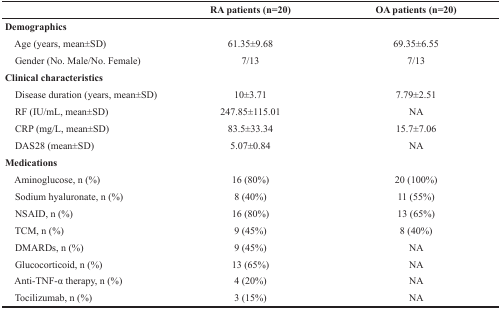
|  | RA patients (n=20) | OA patients (n=20) |
 | --- | --- | --- |
 | Demographics |  |  |
 | Age (years, mean±SD) | 61.35±9.68 | 69.35±6.55 |
 | Gender (No. Male/No. Female) | 7/13 | 7/13 |
 | Clinical characteristics |  |  |
 | Disease duration (years, mean±SD) | 10±3.71 | 7.79±2.51 |
 | RF (IU/mL, mean±SD) | 247.85±115.01 | NA |
 | CRP (mg/L, mean±SD) | 83.5±33.34 | 15.7±7.06 |
 | DAS28 (mean±SD) | 5.07±0.84 | NA |
 | Medications |  |  |
 | Aminoglucose, n (%) | 16 (80%) | 20 (100%) |
 | Sodium hyaluronate, n (%) | 8 (40%) | 11 (55%) |
 | NSAID, n (%) | 16 (80%) | 13 (65%) |
 | TCM, n (%) | 9 (45%) | 8 (40%) |
 | DMARDs, n (%) | 9 (45%) | NA |
 | Glucocorticoid, n (%) | 13 (65%) | NA |
 | Anti-TNF-α therapy, n (%) | 4 (20%) | NA |
 | Tocilizumab, n (%) | 3 (15%) | NA |